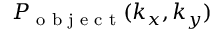
P _ { \textrm { o b j e c t } } ( k _ { x } , k _ { y } )